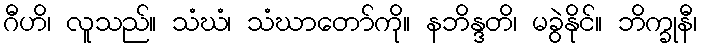
ဂီဟိ၊ လူသည်။ သံဃံ၊ သံဃာတော်ကို။ နဘိန္ဒတိ၊ မခွဲနိုင်။ ဘိက္ခုနီ၊